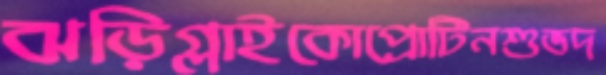
ঝড়িগ্লাইকোপ্রোটিনশুভদ